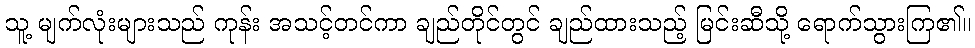
သူ့ မျက်လုံးများသည် ကုန်း အသင့်တင်ကာ ချည်တိုင်တွင် ချည်ထားသည့် မြင်းဆီသို့ ရောက်သွားကြ၏။